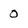
Character: 0